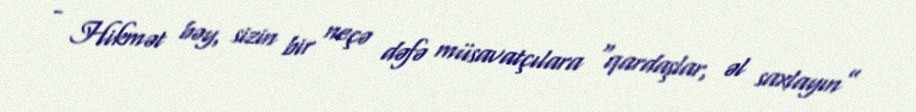
- Hikmət bəy, sizin bir neçə dəfə müsavatçılara “qardaşlar, əl saxlayın”